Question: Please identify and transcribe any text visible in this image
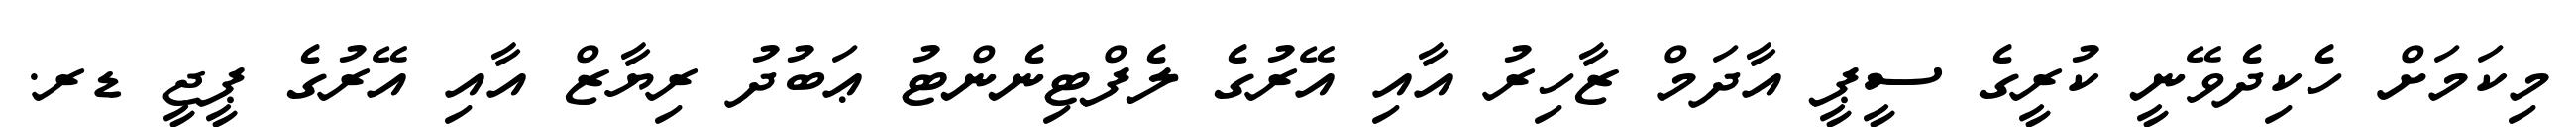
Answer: މިކަމަށް ހެކިދެވޭނީ ކުރީގެ ސީޕީ އާދަމް ޒާހިރު އާއި އޭރުގެ ލެފްޓިނެންޓު ޢަބުދު ރިޔާޒް އާއި އޭރުގެ ޕީޖީ ޑރ.